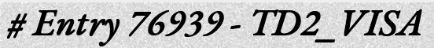
# Entry 76939 - TD2_VISA